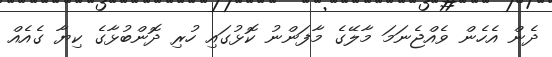
ދެން އެހެން ވެއްޖެނަމަ މާލޭގެ މާފަންނު ކޮޅުގައި ހުރި ދޮންބުޅާގެ ކިޔާ ގެއެއް